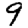
Digit: 9